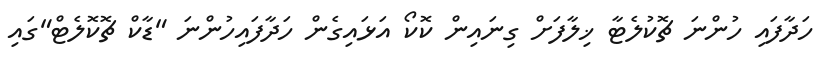
ހަދާފައި ހުންނަ ޗޮކުލެޓާ ޚިލާފަށް ގިނައިން ކޮކޯ އަޅައިގެން ހަދާފައިހުންނަ "ޑާކް ޗޮކޮލެޓް"ގައި